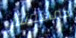
كمستشار